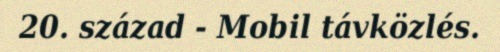
20. század - Mobil távközlés.